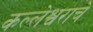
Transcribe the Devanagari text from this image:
कल्लेश्वराचे